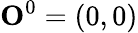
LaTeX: {\mathbf O}^{0}=(0,0)